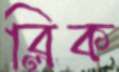
ব্লিক